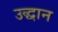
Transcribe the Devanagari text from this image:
उद्धान